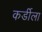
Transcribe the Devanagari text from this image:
कर्डीला